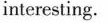
interesting.